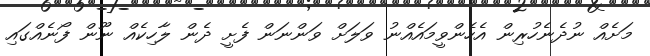
މަށެއް ނުދެނެހުރިން އެހެންވީމައެއްނު ވަލަށް ވަންނަން ފެށީ ދެން ލާހިކެއް ނޫން ފޯނެއްގައި